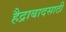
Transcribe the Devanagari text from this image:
हैद्राबादसाठी